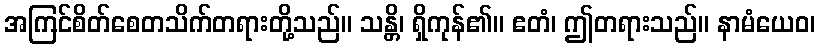
အကြင်စိတ်စေတသိက်တရားတို့သည်။ သန္တိ၊ ရှိကုန်၏။ ဧတံ၊ ဤတရားသည်။ နာမံယေဝ၊